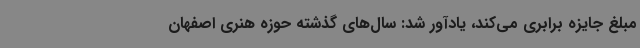
مبلغ جایزه برابری می‌کند، یادآور شد: سال‌های گذشته حوزه هنری اصفهان